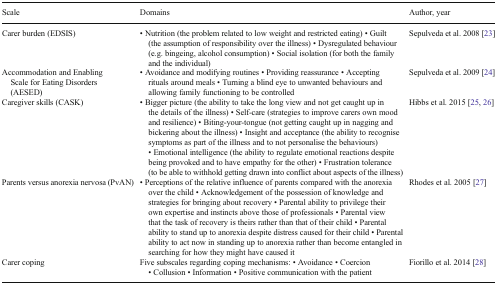
<table><thead><tr><td><b>Scale</b></td><td><b>Domains</b></td><td><b>Author, year</b></td></tr></thead><tbody><tr><td>Carer burden (EDSIS)</td><td>• Nutrition (the problem related to low weight and restricted eating) • Guilt (the assumption of responsibility over the illness) • Dysregulated behaviour (e.g. bingeing, alcohol consumption) • Social isolation (for both the family and the individual)</td><td>Sepulveda et al. 2008 [23]</td></tr><tr><td>Accommodation and Enabling Scale for Eating Disorders (AESED)</td><td>• Avoidance and modifying routines • Providing reassurance • Accepting rituals around meals • Turning a blind eye to unwanted behaviours and allowing family functioning to be controlled</td><td>Sepulveda et al. 2009 [24]</td></tr><tr><td>Caregiver skills (CASK)</td><td>• Bigger picture (the ability to take the long view and not get caught up in the details of the illness) • Self-care (strategies to improve carers own mood and resilience) • Biting-your-tongue (not getting caught up in nagging and bickering about the illness) • Insight and acceptance (the ability to recognise symptoms as part of the illness and to not personalise the behaviours) • Emotional intelligence (the ability to regulate emotional reactions despite being provoked and to have empathy for the other) • Frustration tolerance (to be able to withhold getting drawn into conflict about aspects of the illness)</td><td>Hibbs et al. 2015 [25, 26]</td></tr><tr><td>Parents versus anorexia nervosa (PvAN)</td><td>• Perceptions of the relative influence of parents compared with the anorexia over the child • Acknowledgement of the possession of knowledge and strategies for bringing about recovery • Parental ability to privilege their own expertise and instincts above those of professionals • Parental view that the task of recovery is theirs rather than that of their child • Parental ability to stand up to anorexia despite distress caused for their child • Parental ability to act now in standing up to anorexia rather than become entangled in searching for how they might have caused it</td><td>Rhodes et al. 2005 [27]</td></tr><tr><td>Carer coping</td><td>Five subscales regarding coping mechanisms: • Avoidance • Coercion • Collusion • Information • Positive communication with the patient</td><td>Fiorillo et al. 2014 [28]</td></tr></tbody></table>